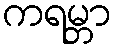
ကရမ္ဘာ